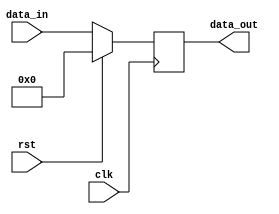
`timescale 1ns/1ns
module pc #(parameter DWIDTH = 64) (data_in, clk, rst, data_out);

  // parameter DWIDTH = 64;
  
  input [DWIDTH-1:0] data_in;
  input clk, rst;
  output reg [DWIDTH-1:0] data_out;
  
  always @(posedge clk ) begin
    if (rst) begin
        data_out = 0;
    end else begin
      data_out = data_in; 
    end
  end
    
    
endmodule